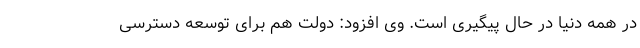
در همه دنیا در حال پیگیری است. وی افزود: دولت هم برای توسعه دسترسی